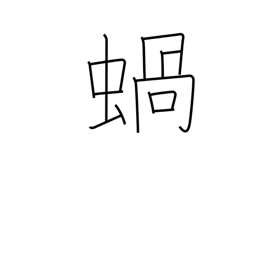
Meaning: snail